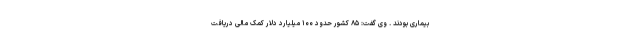
بیماری بودند . وی گفت: ۸۵ کشور حدود ۱۰۰ میلیارد دلار کمک مالی دریافت